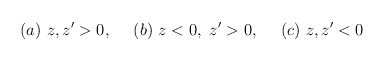
\begin{align*}(a)\ z, z'>0,\ \ \ \ (b)\ z<0,\ z'>0,\ \ \ \ (c)\ z, z'<0\end{align*}